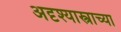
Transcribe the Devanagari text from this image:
अदृश्यास्त्राच्या